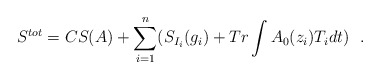
\begin{align*}S^{tot} =CS(A)+\sum_{i=1}^{n}(S_{I_{i}}(g_{i}) +Tr\int A_{0}(z_{i})T_{i}dt)\ \ . \end{align*}